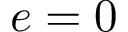
e = 0